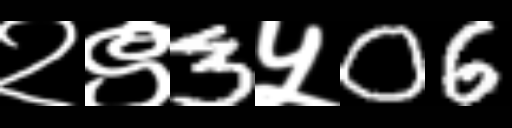
Text: २९3५06